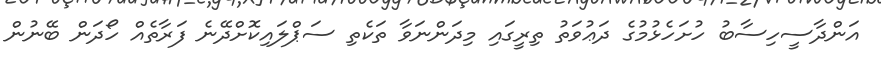
އަންދާސީހިސާބު ހުށަހެޅުމުގެ ދަޢުވަތު ތިރީގައި މިދަންނަވާ ތަކެތި ސަޕްލައިކޮށްދޭނެ ފަރާތެއް ހޯދަން ބޭނުން